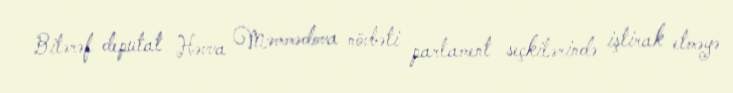
Bitərəf deputat Həvva Məmmədova növbəti parlament seçkilərində iştirak etməyə